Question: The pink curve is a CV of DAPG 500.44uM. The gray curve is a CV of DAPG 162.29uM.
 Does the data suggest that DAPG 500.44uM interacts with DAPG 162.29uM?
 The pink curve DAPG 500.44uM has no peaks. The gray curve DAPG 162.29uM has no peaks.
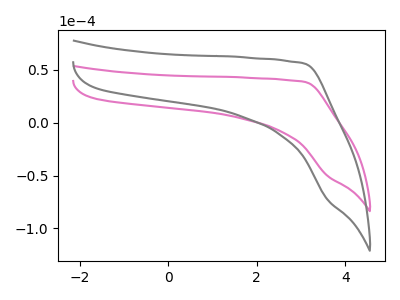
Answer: <think>Neither "DAPG 500.44uM" or "DAPG 162.29uM" have any peaks.
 </think>
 <answer>No, "DAPG 500.44uM" and "DAPG 162.29uM" don't appear to be significantly different in shape</answer>
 <eval>no_change</eval>